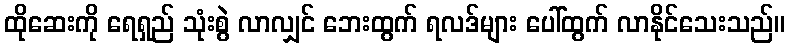
ထိုဆေးကို ရေရှည် သုံးစွဲ လာလျှင် ဘေးထွက် ရလဒ်များ ပေါ်ထွက် လာနိုင်သေးသည်။